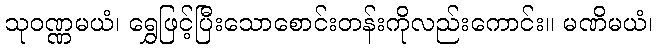
သုဝဏ္ဏမယံ၊ ရွှေဖြင့်ပြီးသောစောင်းတန်းကိုလည်းကောင်း။ မဏိမယံ၊